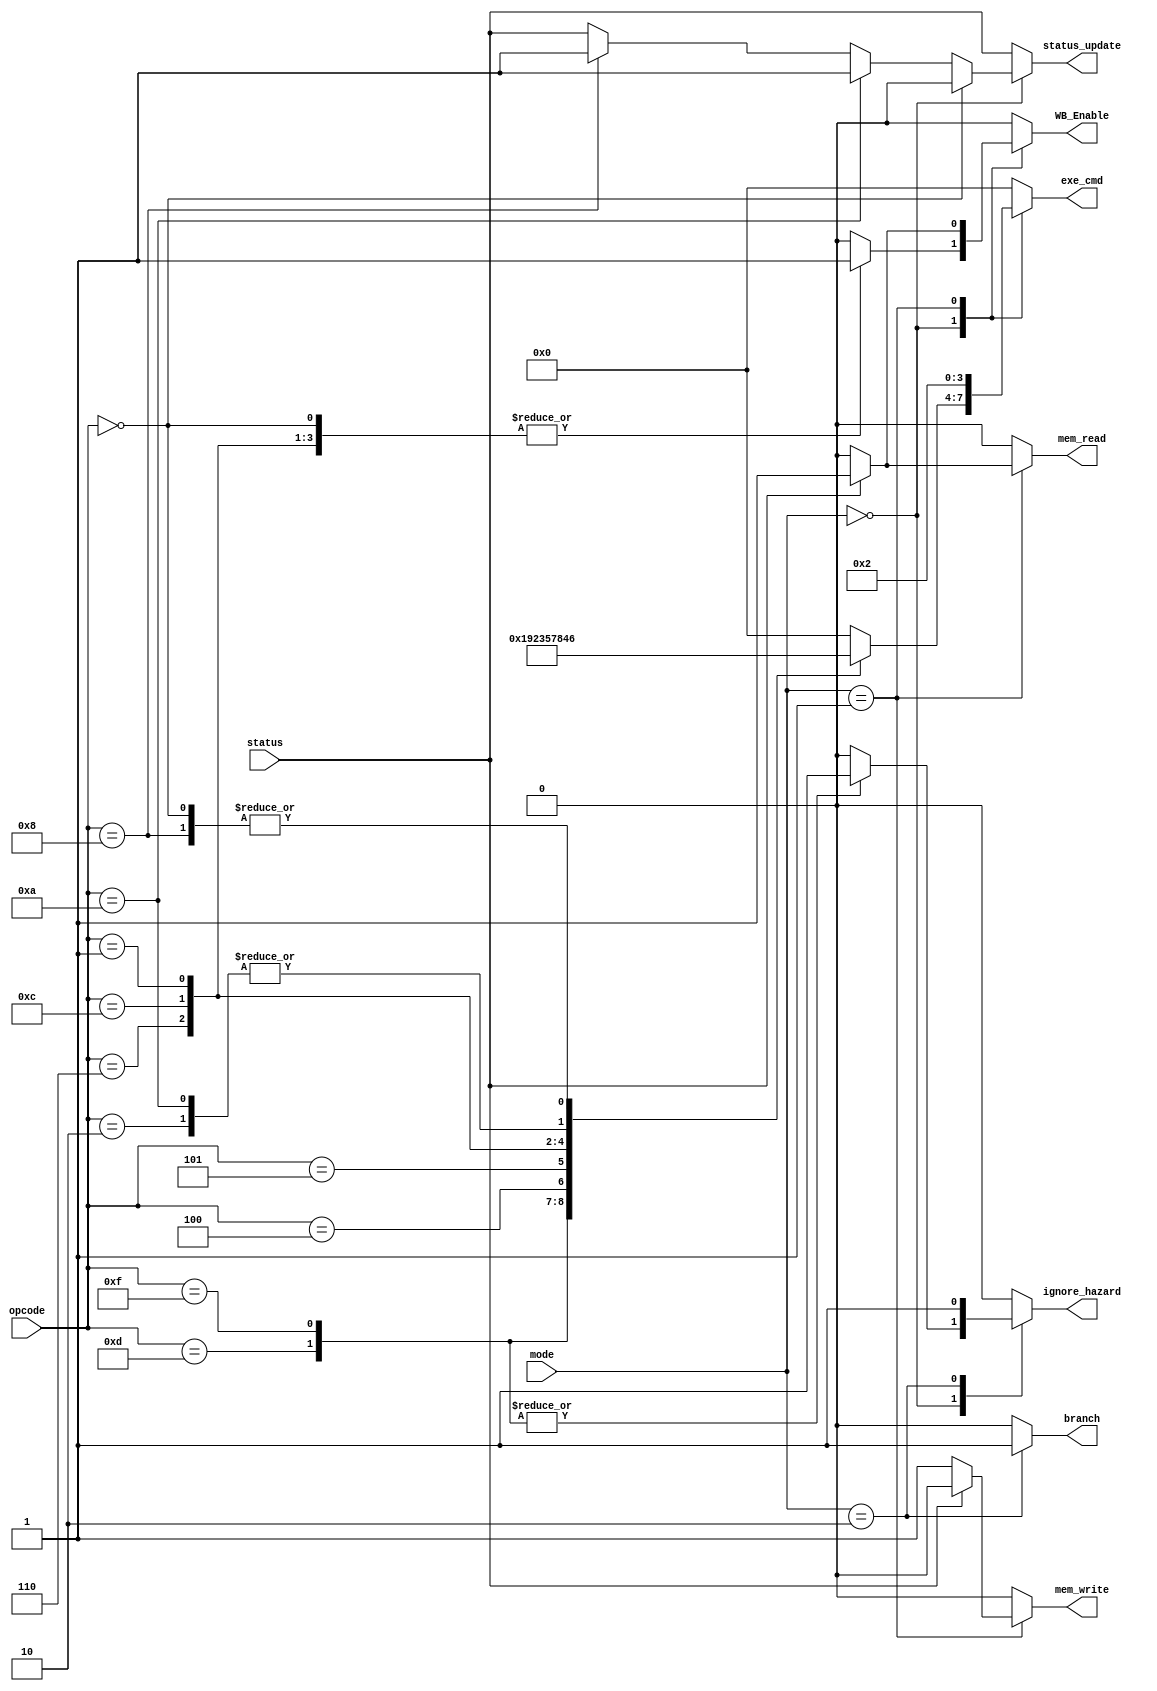
module ControlUnit
(
    input [1:0] mode,
    input [3:0] opcode,
    input status,
    output reg [3:0] exe_cmd,
    output reg mem_read, mem_write, WB_Enable, branch, ignore_hazard,
    output status_update
);
    always @(*) begin
        {exe_cmd, mem_read, mem_write, WB_Enable, branch, ignore_hazard} <= 0;
        case(mode)
            2'b0: begin  // Arithmetic
                    case (opcode)
                        4'b1101: begin //MOV
                            exe_cmd <= 4'b0001;
                            WB_Enable <= 1'b1;
                            ignore_hazard <= 1'b1;
                        end
                        4'b1111: begin //MVN
                            exe_cmd <= 4'b1001;
                            WB_Enable <= 1'b1;
                            ignore_hazard <= 1'b1;
                        end
                        4'b0100: begin //ADD
                            exe_cmd <= 4'b0010;
                            WB_Enable <= 1'b1;
                        end
                        4'b0101: begin //ADC
                            exe_cmd <= 4'b0011;
                            WB_Enable <= 1'b1;
                        end
                        4'b0010: begin //SUB
                            exe_cmd <= 4'b0100;
                            WB_Enable <= 1'b1;
                        end
                        4'b0110: begin //SBC
                            exe_cmd <= 4'b0101;
                            WB_Enable <= 1'b1;
                        end
                        4'b0000: begin //AND
                            exe_cmd <= 4'b0110;
                            WB_Enable <= 1'b1;
                        end
                        4'b1100: begin //ORR
                            exe_cmd <= 4'b0111;
                            WB_Enable <= 1'b1;
                        end
                        4'b0001: begin //EOR
                            exe_cmd <= 4'b1000;
                            WB_Enable <= 1'b1;
                        end
                        4'b1010: begin //CMP
                            exe_cmd <= 4'b0100;
                        end
                        4'b1000: begin //TST
                            exe_cmd <= 4'b0110;
                        end
                        default: begin
                            exe_cmd <= 4'b0000;
                        end
                    endcase
            end
            
            2'b01: begin  // Memory
                exe_cmd <= 4'b0010;
                if (status) begin //LDR
                    {mem_read, WB_Enable} <= 2'b11;
                end else begin //STR
                    mem_write <= 1'b1;      
                end
            end
            
            2'b10: begin  // Branch
                exe_cmd <= 4'b0;
                branch <= 1'b1;
                ignore_hazard <= 1'b1;
            end
            
            default: begin
                exe_cmd <= 4'b0000;
                {mem_read, mem_write, WB_Enable, branch, ignore_hazard} <= 5'b0;
            end
            
        endcase
end

    assign status_update = (mode == 2'b00)? (
                                (opcode == 4'b0000) ? 1'b0 : //NOP
                                (opcode == 4'b1010) ? 1'b1 : //CMP
                                (opcode == 4'b1000) ? 1'b1 : //TST
                                                      status //Others
                            )
                            : status; //LDR, STR, BR

endmodule